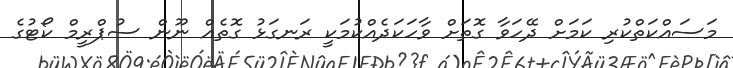
މަސައްކަތްކުރި ކަމަށް ދޭހަވާ ގޮތަަށް ވާހަކަދެއްކުމަކީ ރަނގަޅު ގޮތެއް ނޫން ސުޕްރީމް ކޯޓުގެ